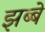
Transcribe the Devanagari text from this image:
झब्बे